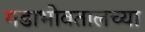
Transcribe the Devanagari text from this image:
गडाभोवतालच्या